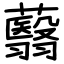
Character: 蘙